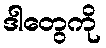
ဒါတွေကို